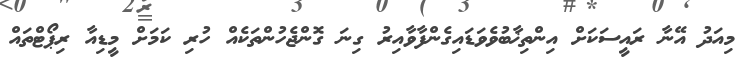
މިއަދު އޭނާ ރައީސަކަށް އިންތިޚާބުވެވަޑައިގެންފާވާއިރު ގިނަ ގޮންޖެހުންތަކެއް ހުރި ކަަމަށް މީޑިއާ ރިޕޯޓްތައް